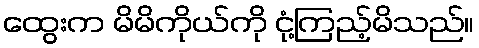
ထွေးက မိမိကိုယ်ကို ငုံ့ကြည့်မိသည်။